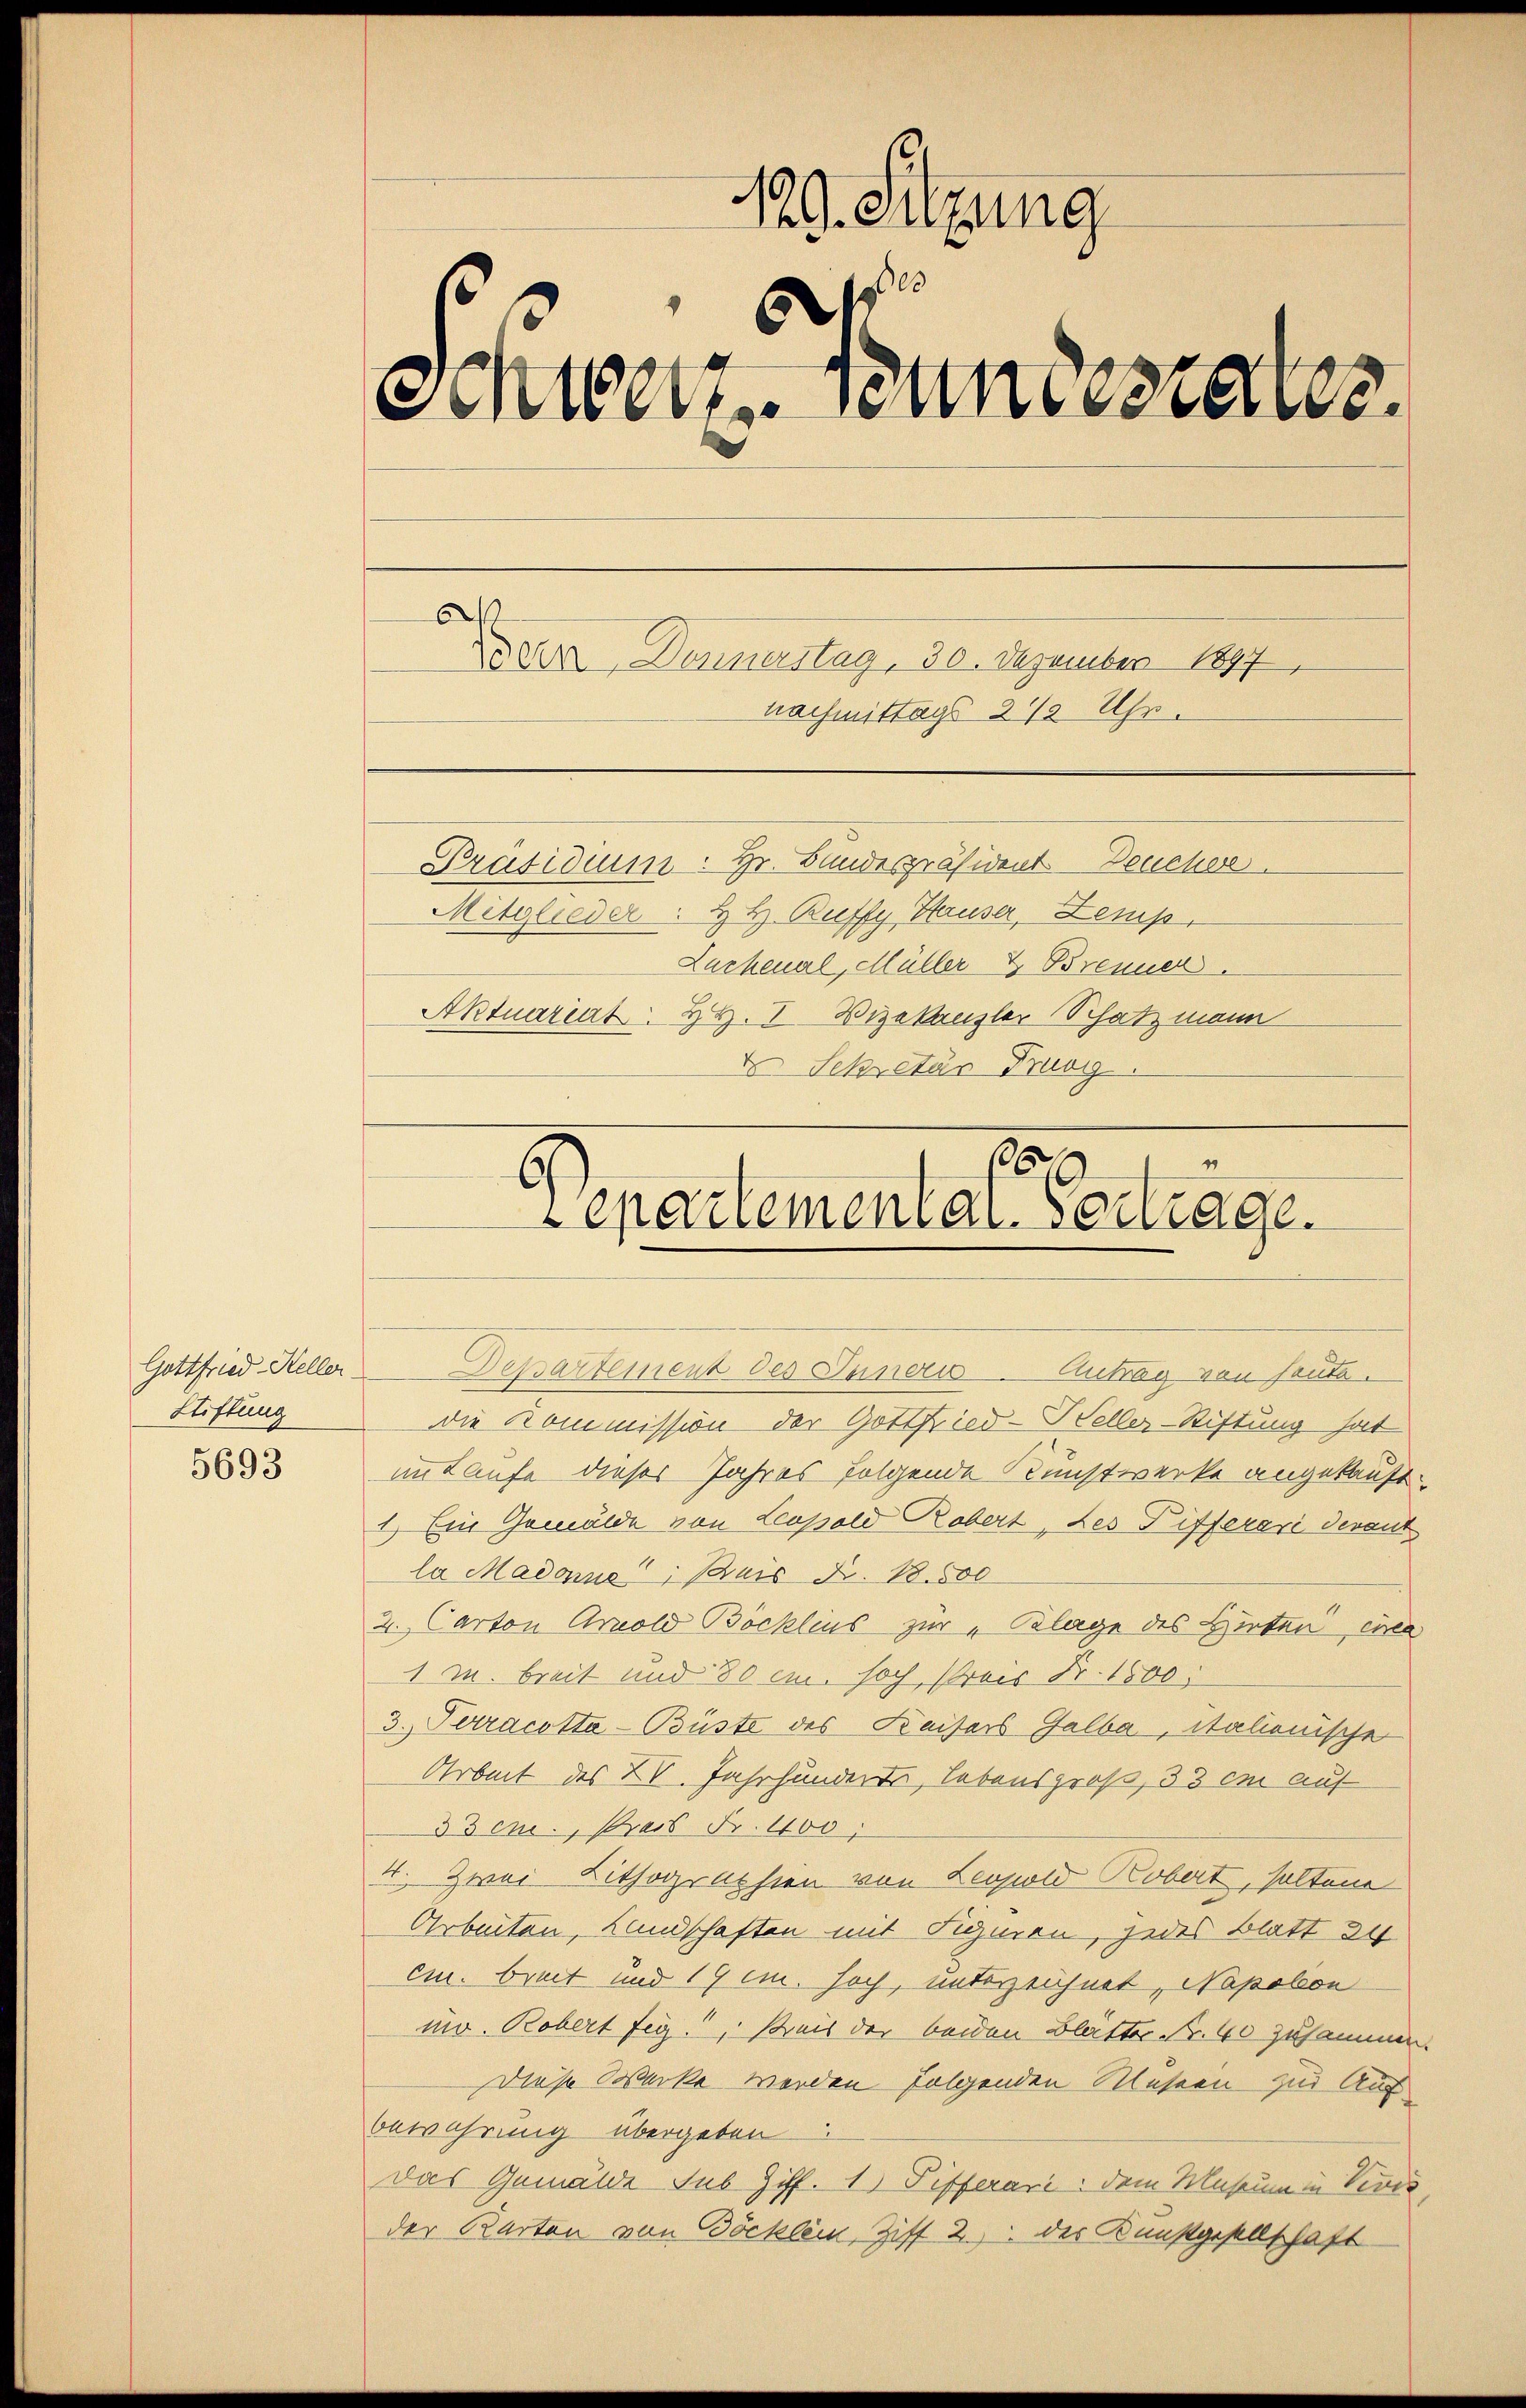
Gottfried-Heller
Stiftung

5693

A.
29. Sitzung
.
Schien seinestates.
a Donnerstag, 30. Dezember 1897
nachmittags 2 1/2 Uhr.
Präsidium. Hr. Bandespräsident Deucher.
Mitglieder: H. H. Ruffy, Hauser, Lemp
Lachenal, Müller & Brenner
Aktuariat Hr. V. Vizekanzler Schatzmann
 Sekretär Trog

.
8
epartemental vertrage.

Departement des Innern Antrag von heute.
die Kommission der Gottfried-Steller-Stiftung hat
im Laufe dieser Jahres folgende Kunstwerke angekauft
1.) Ein Gemälde von Leopold Robert, des Pifferari derant
la Madonne; Buis Z. 18. 500
2. Carton Arnold Böcklins zur „Klage des Hirten, wobe
1 m breit und 80 cm. hoch, Preis Fr. 1800.
3. Terracotta-Büste des Kaisers Galba, italienische
Arbeit des XV. Jahrhundert, lebensgroß, 33 im auf
33 cm., Prass Fr. 400
4. Zwei Lithographien von Leopold Robert, solten
Arbeiten, Landschaften mit Signen, jedes Blatt 34
em. breit und 19 c. hoch, unterzeichnet, Napolon
ino. Robert fig. Kreis der beiden Blätter Nr. 40 zusammen.
Diese Werke werden folgenden Messen zur Aus
bewahrung übergeben
das Gemälde sub Ziff. 1) Differari: dem Museum in Veves
der Karton von Böcklein, Ziff. 2. des Kunstgesellschaft